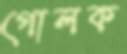
গোলক